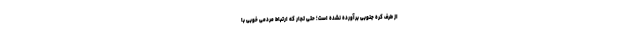
از طرف کره جنوبی برآورده نشده است؛ حتی تجار که ارتباط مردمی خوبی با